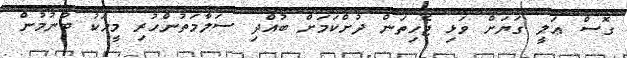
ގޮސް ޢަލީ ގަޔަށް ވަޅި ޖެހިތަން ދުށްކަމަށް ބުއްދި ސަލާމަތުންހުރި މީހަކު ބުނުމުން